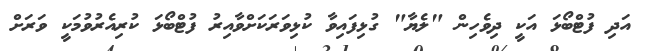
އަދި ފުޓްބޯޅަ އަކީ ދިވެހިން "ލެޔާ" ގުޅިފައިވާ ކުޅިވަރަކަށްވާއިރު ފުޓްބޯޅަ ކުރިއެރުވުމަކީ ވަރަށް